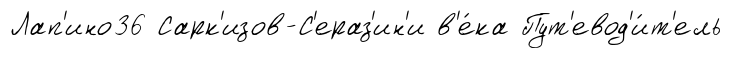
Лап'ино36 Сарк'изов-С'ераз'ин'и в'е́ка Пут'евод'и́т'ель